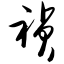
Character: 祯